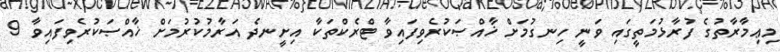
މިޢިމާރާތުގެ ފުރާޅުމަތީގައި ވަނީ ހިނގުމަށް ޚާއްޞަކުރެވިފައިވާ ޓްރެކްތަކާ އިށީނދެ އަރާމުކުރުމަށް ޚާއްޞަކުރެވިފައިވާ 9